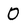
Character: 0